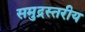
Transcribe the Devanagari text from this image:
समुद्रस्तरीय